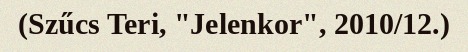
(Szűcs Teri, "Jelenkor", 2010/12.)